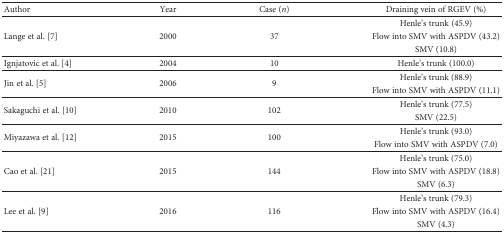
| Author | Year | Case (n) | Draining vein of RGEV (%) |
 | --- | --- | --- | --- |
 | <ROWSPAN=3> Lange et al. [7] | <ROWSPAN=3> 2000 | <ROWSPAN=3> 37 | Henle's trunk (45.9) |
 | Flow into SMV with ASPDV (43.2) |
 | SMV (10.8) |
 | Ignjatovic et al. [4] | 2004 | 10 | Henle's trunk (100.0) |
 | <ROWSPAN=2> Jin et al. [5] | <ROWSPAN=2> 2006 | <ROWSPAN=2> 9 | Henle's trunk (88.9) |
 | Flow into SMV with ASPDV (11.1) |
 | <ROWSPAN=2> Sakaguchi et al. [10] | <ROWSPAN=2> 2010 | <ROWSPAN=2> 102 | Henle's trunk (77.5) |
 | SMV (22.5) |
 | <ROWSPAN=2> Miyazawa et al. [12] | <ROWSPAN=2> 2015 | <ROWSPAN=2> 100 | Henle's trunk (93.0) |
 | Flow into SMV with ASPDV (7.0) |
 | <ROWSPAN=3> Cao et al. [21] | <ROWSPAN=3> 2015 | <ROWSPAN=3> 144 | Henle's trunk (75.0) |
 | Flow into SMV with ASPDV (18.8) |
 | SMV (6.3) |
 | <ROWSPAN=3> Lee et al. [9] | <ROWSPAN=3> 2016 | <ROWSPAN=3> 116 | Henle's trunk (79.3) |
 | Flow into SMV with ASPDV (16.4) |
 | SMV (4.3) |